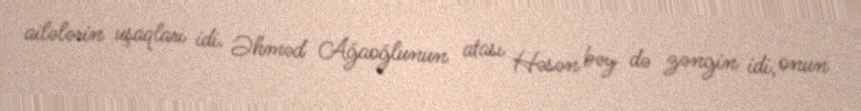
ailələrin uşaqları idi. Əhməd Ağaoğlunun atası Həsən bəy də zəngin idi, onun